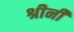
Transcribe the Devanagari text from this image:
श्रीनी